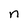
Character: n